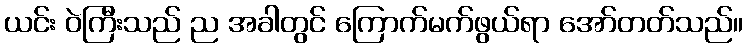
ယင်း ဝဲကြီးသည် ည အခါတွင် ကြောက်မက်ဖွယ်ရာ အော်တတ်သည်။